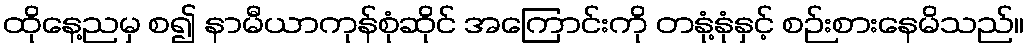
ထိုနေ့ညမှ စ၍ နာမီယာကုန်စုံဆိုင် အကြောင်းကို တနုံ့နုံနှင့် စဉ်းစားနေမိသည်။